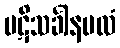
ပဋိသင်္ခါနဗလံ